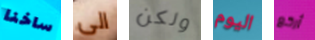
ساخنا الى ولكن اليوم أركع